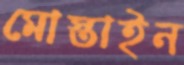
মোস্তাইন